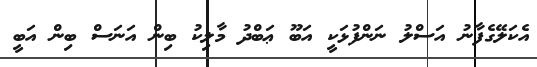
އެކަލޭގެފާނު އަސްލު ނަންފުޅަކީ އަބޫ ޢަބްދު މާލިކު ބިން އަނަސް ބިން އަބީ